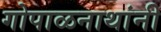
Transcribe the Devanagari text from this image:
गोपाळनाथांनी